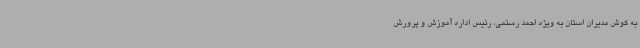
به گوش مدیران استان به ویژه احمد رستمی، رئیس اداره آموزش و پرورش